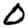
Digit: 0